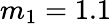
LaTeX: m_{1}=1.1